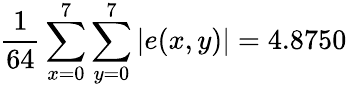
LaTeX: {\frac{1}{64}}\sum_{x=0}^{7}\sum_{y=0}^{7}|e(x,y)|=4.8750